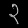
Digit: ၃